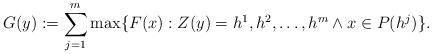
LaTeX: \begin{align*} G(y) := \sum_{j=1}^m \max\{F(x): Z(y) = h^1, h^2, \ldots, h^m \land x \in P(h^j) \}.\end{align*}